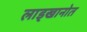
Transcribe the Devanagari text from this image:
लाड्खानोत